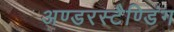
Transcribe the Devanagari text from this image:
अण्डरस्टैण्डिंग